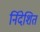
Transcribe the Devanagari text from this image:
र्निदेशित